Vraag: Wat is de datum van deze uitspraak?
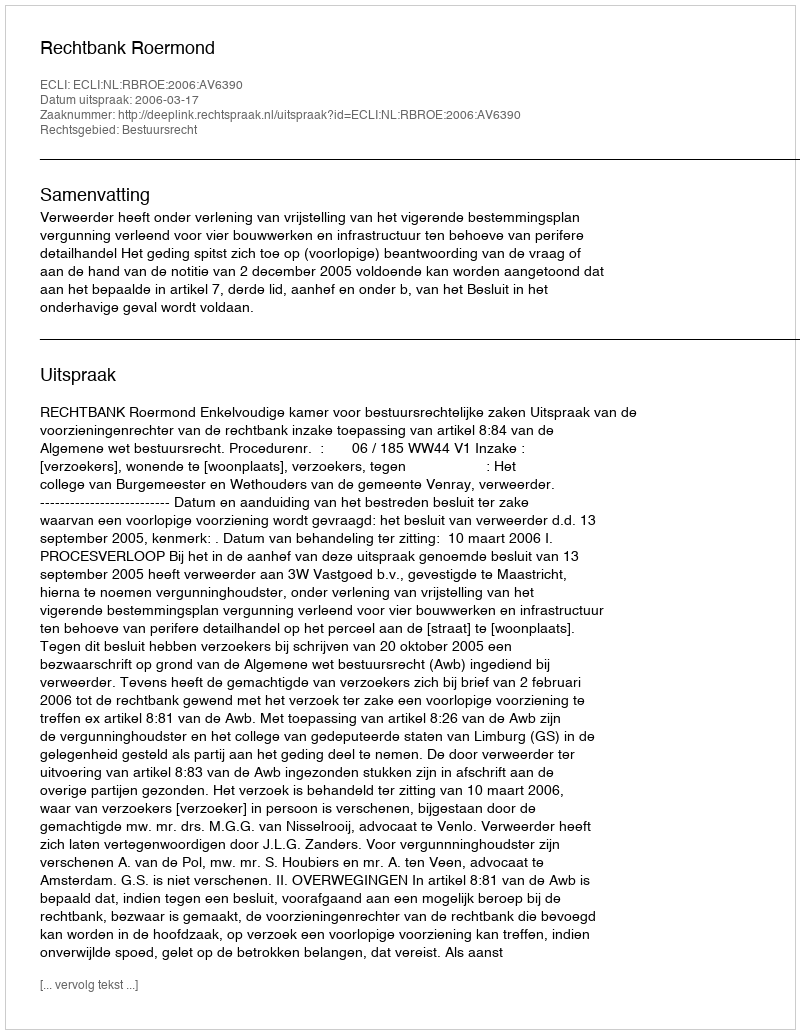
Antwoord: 2006-03-17